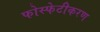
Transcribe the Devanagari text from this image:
फोस्फेटीकरण